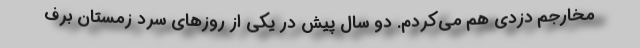
مخارجم دزدی هم می‌کردم. دو سال پیش در یکی از روزهای سرد زمستان برف